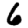
Digit: 6